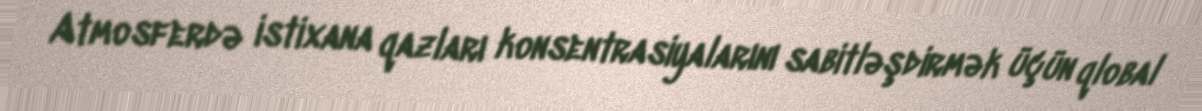
Atmosferdə istixana qazları konsentrasiyalarını sabitləşdirmək üçün qlobal